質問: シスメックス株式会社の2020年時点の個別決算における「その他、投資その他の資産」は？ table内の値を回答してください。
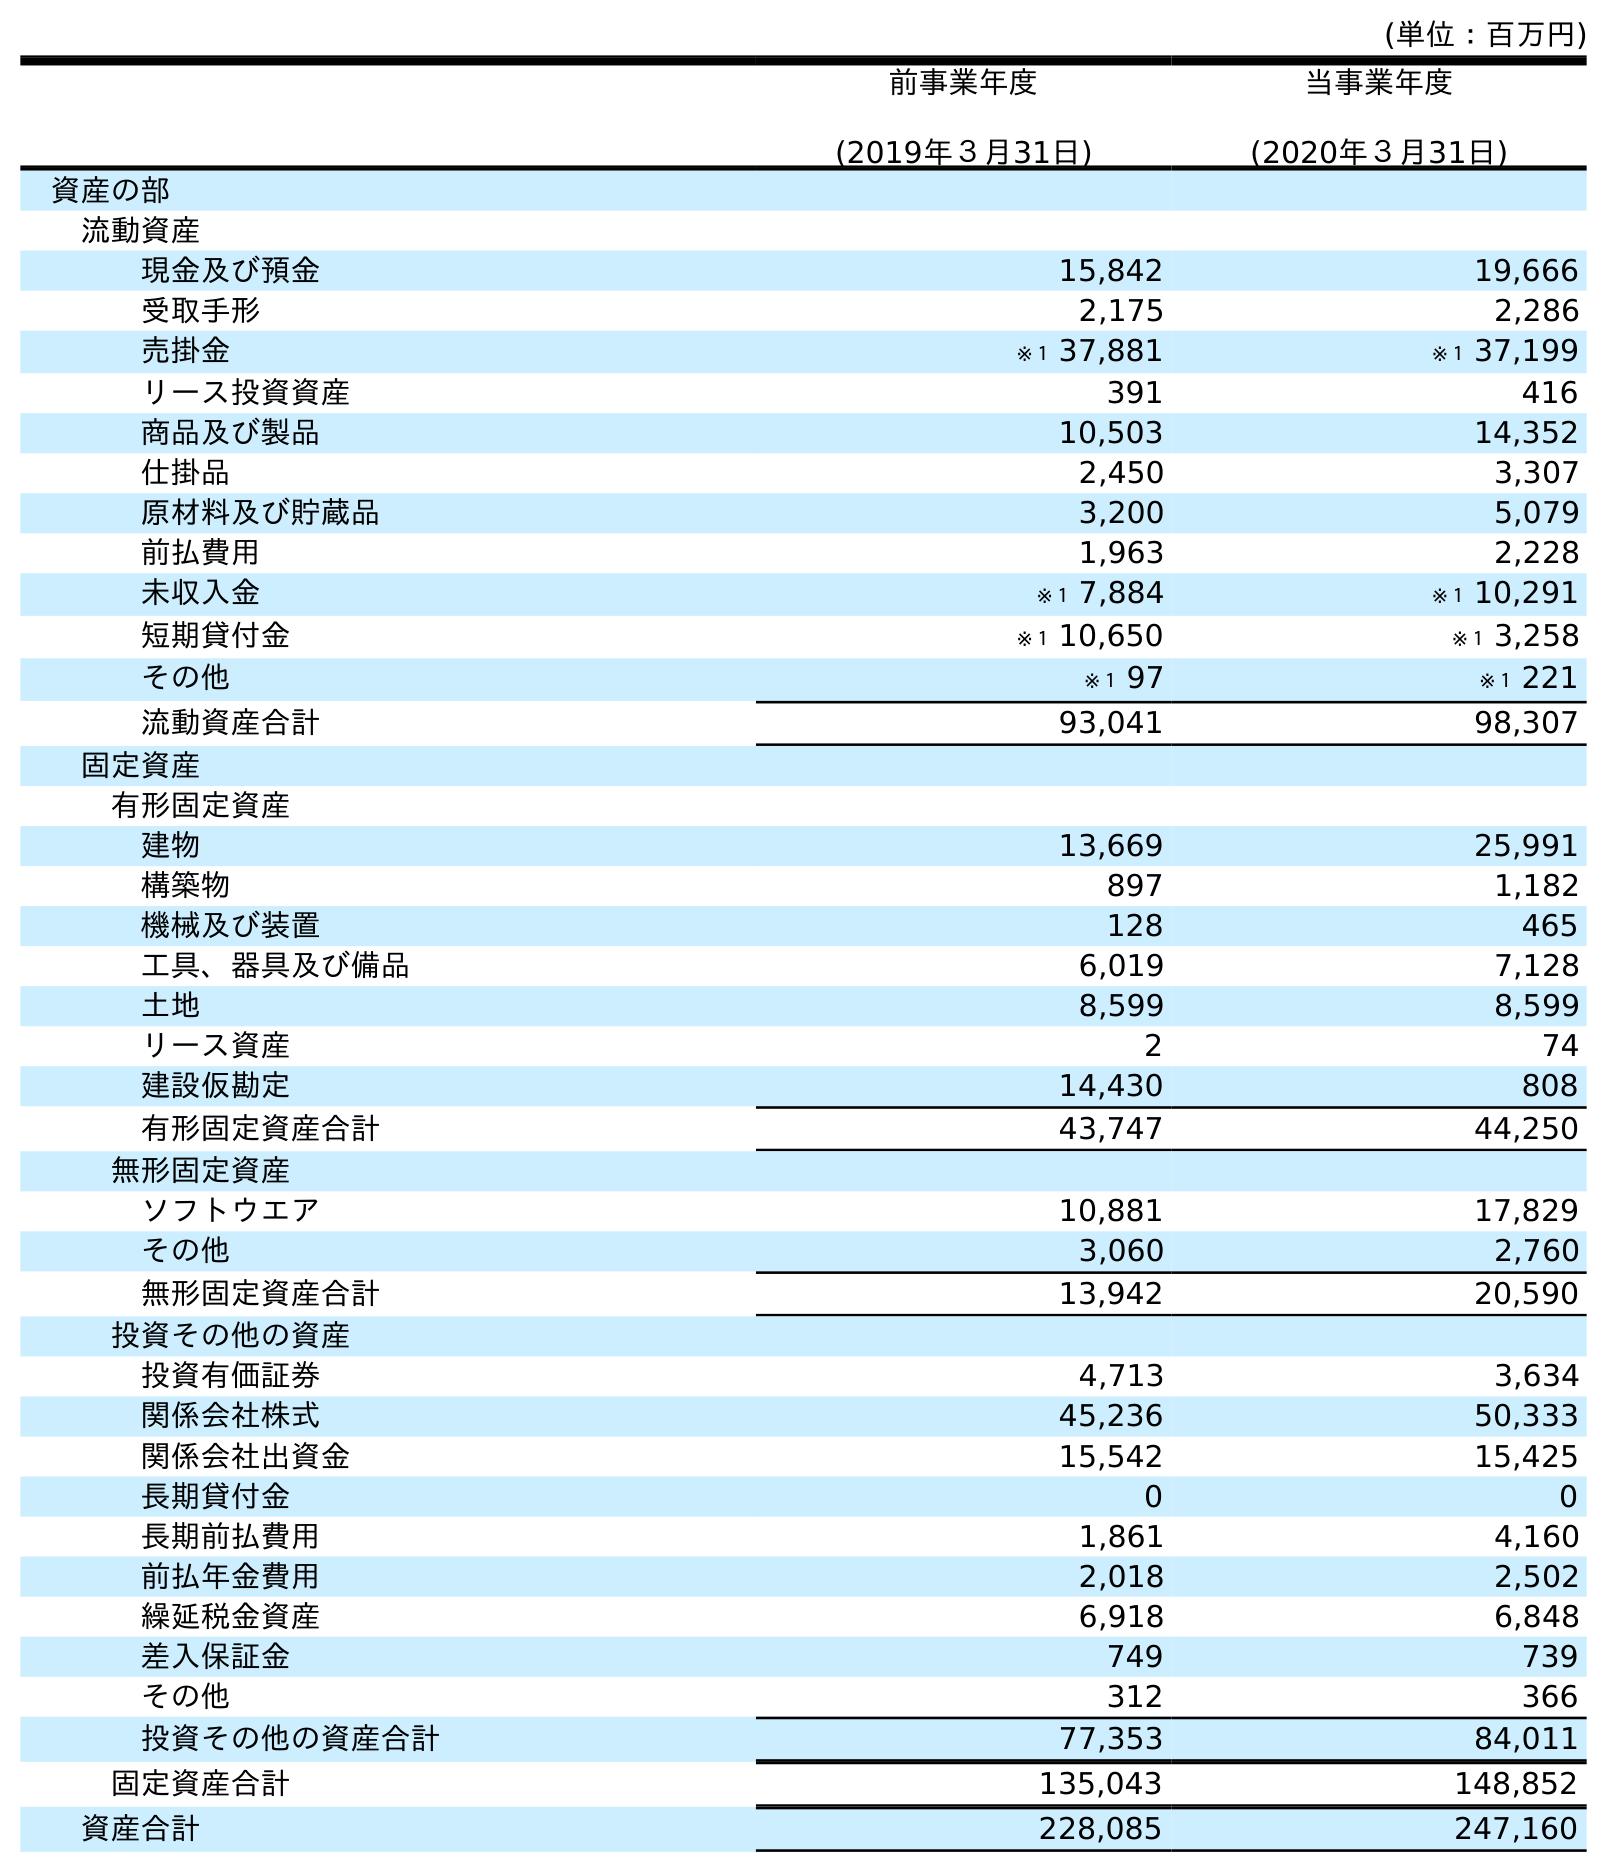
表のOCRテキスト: (単位：百万円) 前事業年度 (2019年３月31日) 当事業年度 (2020年３月31日) 資産の部 流動資産 現金及び預金 15,842 19,666 受取手形 2,175 2,286 売掛金 ※１ 37,881 ※１ 37,199 リース投資資産 391 416 商品及び製品 10,503 14,352 仕掛品 2,450 3,307 原材料及び貯蔵品 3,200 5,079 前払費用 1,963 2,228 未収入金 ※１ 7,884 ※１ 10,291 短期貸付金 ※１ 10,650 ※１ 3,258 その他 ※１ 97 ※１ 221 流動資産合計 93,041 98,307 固定資産 有形固定資産 建物 13,669 25,991 構築物 897 1,182 機械及び装置 128 465 工具、器具及び備品 6,019 7,128 土地 8,599 8,599 リース資産 2 74 建設仮勘定 14,430 808 有形固定資産合計 43,747 44,250 無形固定資産 ソフトウエア 10,881 17,829 その他 3,060 2,760 無形固定資産合計 13,942 20,590 投資その他の資産 投資有価証券 4,713 3,634 関係会社株式 45,236 50,333 関係会社出資金 15,542 15,425 長期貸付金 0 0 長期前払費用 1,861 4,160 前払年金費用 2,018 2,502 繰延税金資産 6,918 6,848 差入保証金 749 739 その他 312 366 投資その他の資産合計 77,353 84,011 固定資産合計 135,043 148,852 資産合計 228,085 247,160
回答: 366